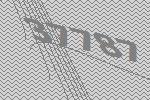
37787